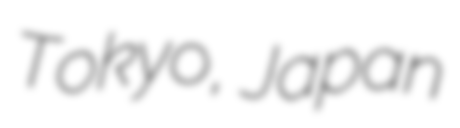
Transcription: Tokyo, Japan